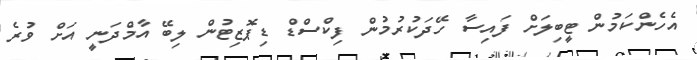
އެހެންކަމުން ޓީބިލަށް ފައިސާ ހޭދަކުރުމުން ފިކްސްޑް ޑިޕޮޒިޓުން ލިބޭ އާމްދަނީ އަށް ވުރެ